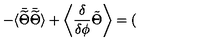
- \langle \bar { \widetilde { \Theta } } \bar { \widetilde { \Theta } } \rangle + \left\langle { \frac { \delta } { \delta \phi } } \tilde { \Theta } \right\rangle = (